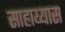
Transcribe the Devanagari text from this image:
साहाय्यास